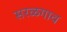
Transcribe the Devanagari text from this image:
सरळगाव